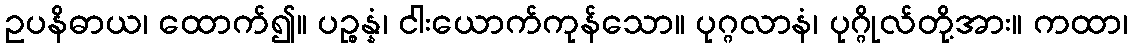
ဥပနိဓာယ၊ ထောက်၍။ ပဉ္စန္နံ၊ ငါးယောက်ကုန်သော။ ပုဂ္ဂလာနံ၊ ပုဂ္ဂိုလ်တို့အား။ ကထာ၊